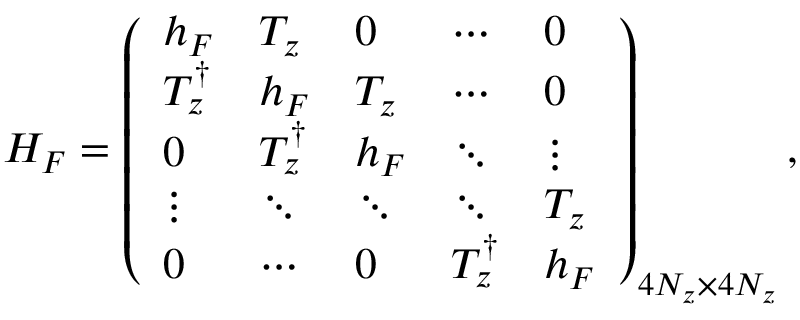
\begin{array} { r } { { \cal H } _ { F } = \left( \begin{array} { l l l l l } { h _ { F } } & { T _ { z } } & { 0 } & { \cdots } & { 0 } \\ { T _ { z } ^ { \dagger } } & { h _ { F } } & { T _ { z } } & { \cdots } & { 0 } \\ { 0 } & { T _ { z } ^ { \dagger } } & { h _ { F } } & { \ddots } & { \vdots } \\ { \vdots } & { \ddots } & { \ddots } & { \ddots } & { T _ { z } } \\ { 0 } & { \cdots } & { 0 } & { T _ { z } ^ { \dagger } } & { h _ { F } } \end{array} \right) _ { 4 N _ { z } \times 4 N _ { z } } , } \end{array}